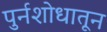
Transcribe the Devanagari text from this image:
पुर्नशोधातून